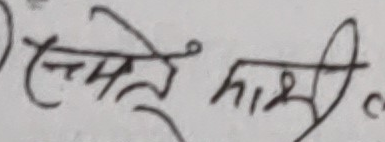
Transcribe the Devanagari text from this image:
स्मेत्रे हारी